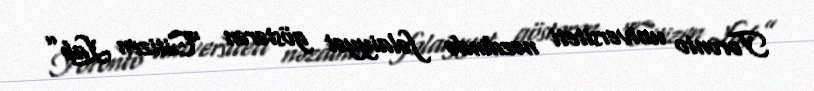
Toronto universiteti nəzdində fəlaiyyət göstərən “Citizen Lab”